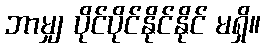
ဘာမျှ ပိုင်ပိုင်နိုင်နိုင် မရှိ။